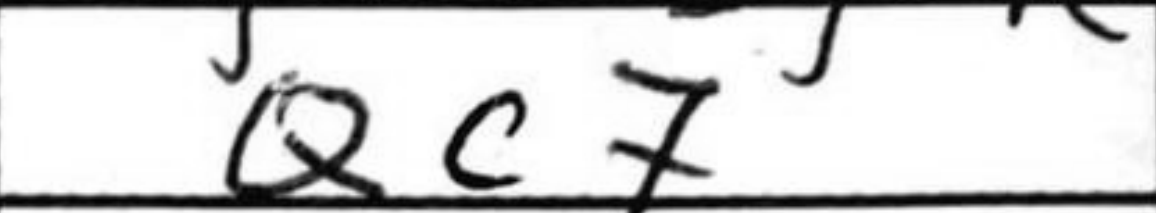
Transcription: Qc7